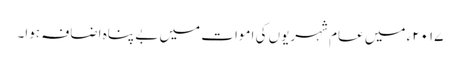
۲۰۱۷ء میں عام شہریوں کی اموات میں بے پناہ اضافہ ہوا۔